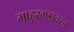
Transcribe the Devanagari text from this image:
माहूरगडावरच